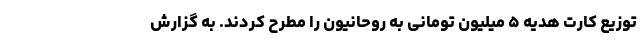
توزیع کارت هدیه ۵ میلیون تومانی به روحانیون را مطرح کردند. به گزارش